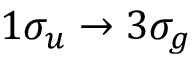
1 \sigma _ { u } \to 3 \sigma _ { g }